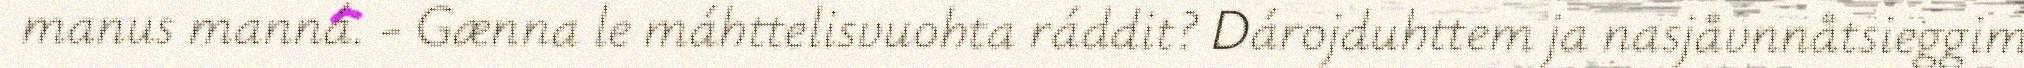
manus manná. - Gænna le máhttelisvuohta ráddit? Dárojduhttem ja nasjåvnnåtsieggim